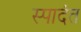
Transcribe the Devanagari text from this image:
स्पादंत